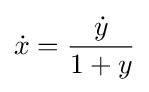
{\dot {x}}={\frac {\dot {y}}{1+y}}